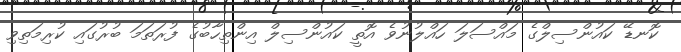
ކޮނޑޭ ކައުންސިލްގެ މައްސަލަ ހައްލުނުވެ އޮތީ ކައުންސިލް އިންތިހާބުގެ ފުރަތަމަ ބުރުގައި ކުރިމަތިވި